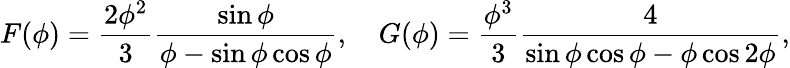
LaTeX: F(\phi)=\frac{2\phi^{2}}{3}\frac{\sin{\phi}}{\phi-\sin\phi\cos\phi},\quad G(\phi)=\frac{\phi^{3}}{3}\frac{4}{\sin\phi\cos\phi-\phi\cos 2\phi},